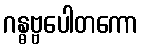
ဂန္ဓဗ္ဗပေါတကော